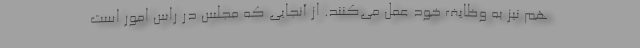
هم نیز به وظایف خود عمل می‌کنند. از آنجایی که مجلس در راس امور است